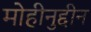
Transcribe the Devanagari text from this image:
मोहीनुद्दीन